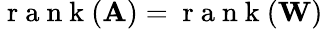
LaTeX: \mathrm{~r~a~n~k~}(\mathbf{A})=\mathrm{~r~a~n~k~}(\mathbf{W})